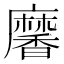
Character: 黁